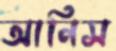
আনিস